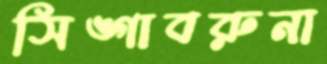
সিঙ্গাবরুনা